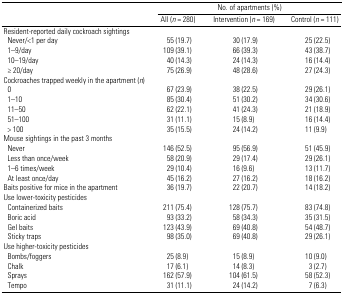
<table><thead><tr><td></td><td colspan="3"><b>No. of apartments (%)</b></td></tr><tr><td></td><td><b>All (<i>n</i> = 280)</b></td><td><b>Intervention (<i>n</i> = 169)</b></td><td><b>Control (<i>n</i> = 111)</b></td></tr></thead><tbody><tr><td colspan="4">Resident-reported daily cockroach sightings</td></tr><tr><td> Never/&lt;1 per day</td><td>55 (19.7)</td><td>30 (17.9)</td><td>25 (22.5)</td></tr><tr><td> 1–9/day</td><td>109 (39.1)</td><td>66 (39.3)</td><td>43 (38.7)</td></tr><tr><td> 10–19/day</td><td>40 (14.3)</td><td>24 (14.3)</td><td>16 (14.4)</td></tr><tr><td> ≥ 20/day</td><td>75 (26.9)</td><td>48 (28.6)</td><td>27 (24.3)</td></tr><tr><td colspan="4">Cockroaches trapped weekly in the apartment (<i>n</i>)</td></tr><tr><td> 0</td><td>67 (23.9)</td><td>38 (22.5)</td><td>29 (26.1)</td></tr><tr><td> 1–10</td><td>85 (30.4)</td><td>51 (30.2)</td><td>34 (30.6)</td></tr><tr><td> 11–50</td><td>62 (22.1)</td><td>41 (24.3)</td><td>21 (18.9)</td></tr><tr><td> 51–100</td><td>31 (11.1)</td><td>15 (8.9)</td><td>16 (14.4)</td></tr><tr><td> &gt; 100</td><td>35 (15.5)</td><td>24 (14.2)</td><td>11 (9.9)</td></tr><tr><td colspan="4">Mouse sightings in the past 3 months</td></tr><tr><td> Never</td><td>146 (52.5)</td><td>95 (56.9)</td><td>51 (45.9)</td></tr><tr><td> Less than once/week</td><td>58 (20.9)</td><td>29 (17.4)</td><td>29 (26.1)</td></tr><tr><td> 1–6 times/week</td><td>29 (10.4)</td><td>16 (9.6)</td><td>13 (11.7)</td></tr><tr><td> At least once/day</td><td>45 (16.2)</td><td>27 (16.2)</td><td>18 (16.2)</td></tr><tr><td>Baits positive for mice in the apartment</td><td>36 (19.7)</td><td>22 (20.7)</td><td>14 (18.2)</td></tr><tr><td colspan="4">Use lower-toxicity pesticides</td></tr><tr><td> Containerized baits</td><td>211 (75.4)</td><td>128 (75.7)</td><td>83 (74.8)</td></tr><tr><td> Boric acid</td><td>93 (33.2)</td><td>58 (34.3)</td><td>35 (31.5)</td></tr><tr><td> Gel baits</td><td>123 (43.9)</td><td>69 (40.8)</td><td>54 (48.7)</td></tr><tr><td> Sticky traps</td><td>98 (35.0)</td><td>69 (40.8)</td><td>29 (26.1)</td></tr><tr><td colspan="4">Use higher-toxicity pesticides</td></tr><tr><td> Bombs/foggers</td><td>25 (8.9)</td><td>15 (8.9)</td><td>10 (9.0)</td></tr><tr><td> Chalk</td><td>17 (6.1)</td><td>14 (8.3)</td><td>3 (2.7)</td></tr><tr><td> Sprays</td><td>162 (57.9)</td><td>104 (61.5)</td><td>58 (52.3)</td></tr><tr><td> Tempo</td><td>31 (11.1)</td><td>24 (14.2)</td><td>7 (6.3)</td></tr></tbody></table>